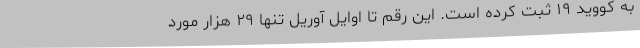
به کووید ۱۹ ثبت کرده است. این رقم تا اوایل آوریل تنها ۲۹ هزار مورد